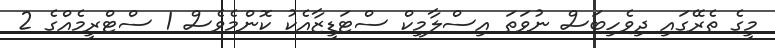
މީގެ ތެރޭގައި ދިވެހިބަސް ނުވަތަ އިސްލާމިކް ސްޓަޑީޒާއެކު ކޮންމެވެސް 1 ސްޓްރީމެއްގެ 2